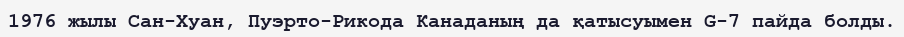
1976 жылы Сан-Хуан, Пуэрто-Рикодa Канаданың да қaтысуымен G-7 пайда болды.